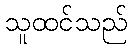
သူထင်သည်